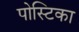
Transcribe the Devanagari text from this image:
पोस्टिका